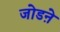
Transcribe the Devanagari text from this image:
जोडऩे